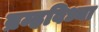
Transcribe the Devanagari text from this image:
ब्रम्हविध्या